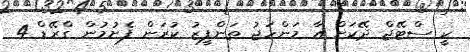
ކީ ސްޓޭޖް ދޭކަށް އާ މަންހަޖު ތަންފީޒު ކުރަން ފެށުމުން ގްރޭޑް 4